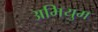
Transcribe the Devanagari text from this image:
अभियुम